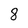
Character: 8